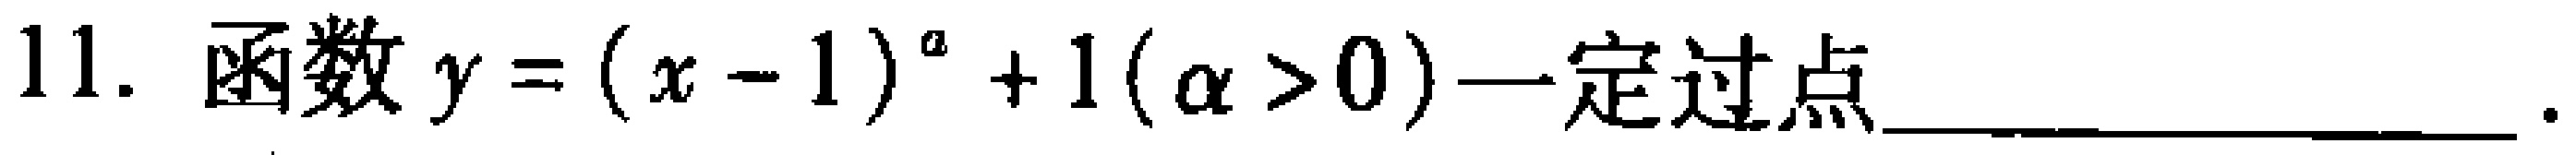
11. 函数\(y=(x - 1)^{\alpha}+1(\alpha>0)\)一定过点________________ 。